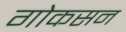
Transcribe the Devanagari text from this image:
गोकसन